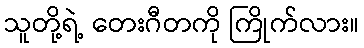
သူတို့ရဲ့ တေးဂီတကို ကြိုက်လား။